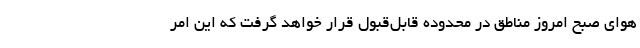
هوای صبح امروز مناطق در محدوده قابل‌قبول قرار خواهد گرفت که این امر